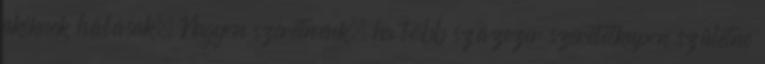
akiknek hálásak. Nagyon szeretnénk, ha több százezer szeretetkupon születne